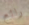
رائع